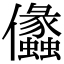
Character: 㒩